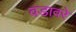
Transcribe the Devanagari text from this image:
वडावरे